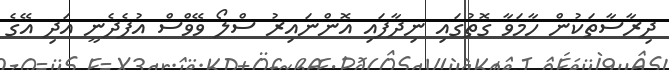
ދިރާސާތަކުން ހާމަވާ ގޮތުގައި ނިދާފައި އޮންނައިރު ސްލޯ ވޭވްސް އުފެދެނީ އަދި އޭގެ